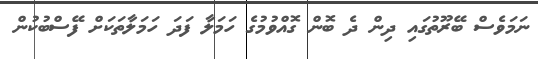
ނަމަވެސް ބޭރޫތުގައި ދިން ދެ ބޮން ގޮއްވުމުގެ ހަމަލާ ފަދަ ހަމަލާތަކަށް ފޭސްބުކުން